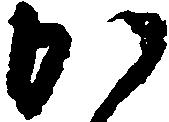
か